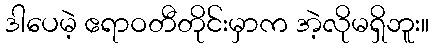
ဒါပေမဲ့ ဧရာဝတီတိုင်းမှာက အဲ့လိုမရှိဘူး။